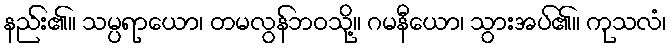
နည်း၏။ သမ္ပရာယော၊ တမလွန်ဘဝသို့။ ဂမနီယော၊ သွားအပ်၏။ ကုသလံ၊